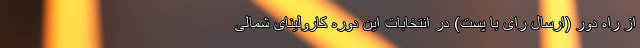
از راه دور (ارسال رای با پست) در انتخابات این دوره کارولینای شمالی